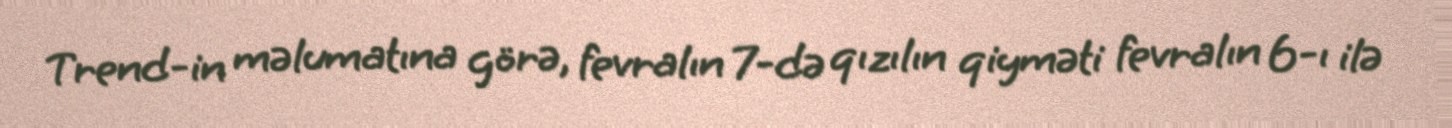
Trend-in məlumatına görə, fevralın 7-də qızılın qiyməti fevralın 6-ı ilə